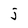
Character: j